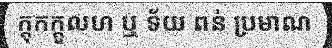
ក្តុកក្តួលហ ឬ ទ័យ ពន់ ប្រមាណ